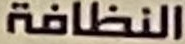
النظافة